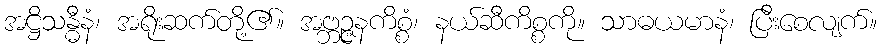
အဋ္ဌိသန္ဓီနံ၊ အရိုးဆက်တို့၏။ အဗ္ဘဉ္ဇနကိစ္စံ၊ နယ်ဆီကိစ္စကို။ သာဓယမာနံ၊ ပြီးစေလျက်။